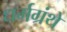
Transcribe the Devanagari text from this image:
धर्मग्रंथे